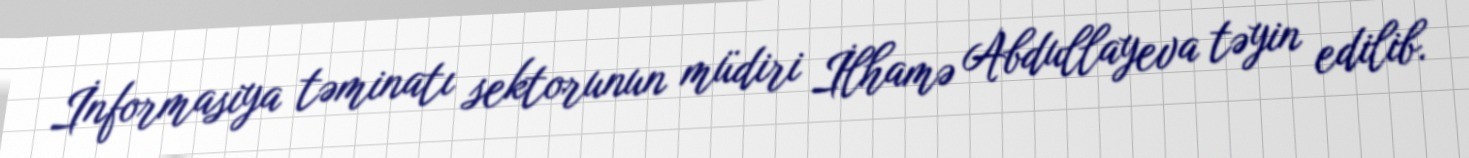
İnformasiya təminatı sektorunun müdiri İlhamə Abdullayeva təyin edilib.